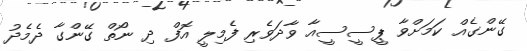
ގޭންގެއް ކަމަށްވާ ޕީސީސީއާ ވާދަވެރި ފެމިލީ އޮފް ދި ނޯތް ގޭންގާ ދެމެދު